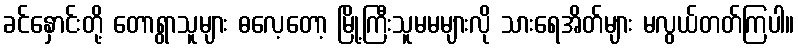
ခင်နှောင်းတို့ တောရွာသူများ ဓလေ့တော့ မြို့ကြီးသူမမများလို သားရေအိတ်များ မလွယ်တတ်ကြပါ။